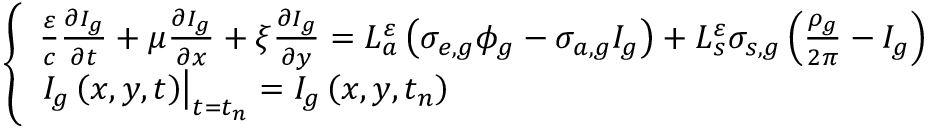
\left\{ \begin{array} { l } { { \frac { \varepsilon } { c } \frac { \partial I _ { g } } { \partial t } + \mu \frac { \partial I _ { g } } { \partial x } + \xi \frac { \partial I _ { g } } { \partial y } = L _ { a } ^ { \varepsilon } \left( \sigma _ { e , g } \phi _ { g } - \sigma _ { a , g } I _ { g } \right) + L _ { s } ^ { \varepsilon } \sigma _ { s , g } \left( \frac { \rho _ { g } } { 2 \pi } - I _ { g } \right) } } \\ { { \left. I _ { g } \left( x , y , t \right) \right| _ { t = t _ { n } } = I _ { g } \left( x , y , t _ { n } \right) } } \end{array} \right.